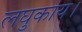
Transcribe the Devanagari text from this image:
लघुकाय।